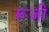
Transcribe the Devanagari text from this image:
रूजी